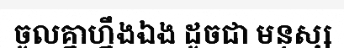
ចូលគ្នាហ្នឹងឯង ដូចជា មនុស្ស